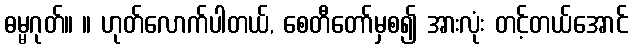
ဓမ္မဂုတ်။ ။ ဟုတ်လောက်ပါတယ်, စေတီတော်မှစ၍ အားလုံး တင့်တယ်အောင်